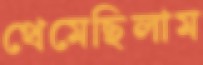
থেমেছিলাম